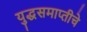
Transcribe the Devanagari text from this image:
युद्धसमाप्तीचे